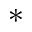
^ *